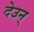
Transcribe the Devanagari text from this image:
देउन्